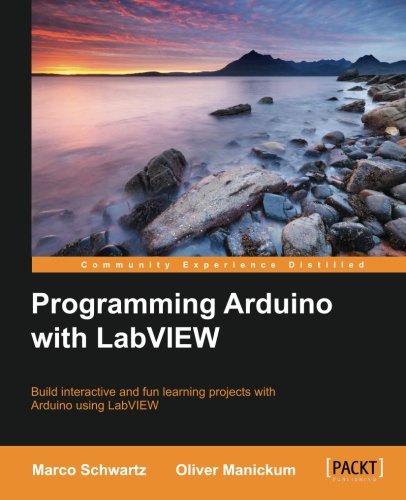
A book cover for Programming Arduino with LabVIEW; Marco Schwartz; Computers & Technology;